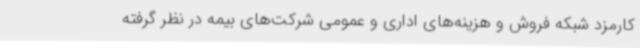
کارمزد شبکه فروش و هزینه‌های اداری و عمومی شرکت‌های بیمه در نظر گرفته